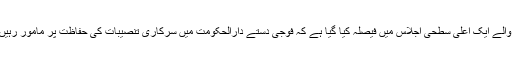
اسلام آباد میں ایک مذہبی جماعت کے دھرنے سے متعلق ہونے والے ایک اعلیٰ سطحی اجلاس میں فیصلہ کیا گیا ہے کہ فوجی دستے دارالحکومت میں سرکاری تنصیبات کی حفاظت پر مامور رہیں گے لیکن وہ دھرنے کے خلاف آپریشن میں حصہ نہیں لیں گے۔